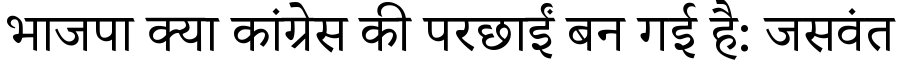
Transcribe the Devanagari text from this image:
भाजपा क्या कांग्रेस की परछाईं बन गई है: जसवंत